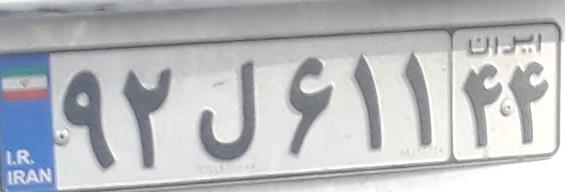
۹۲ل۶۱۱۴۴